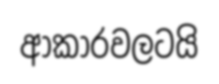
ආකාරවලටයි